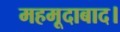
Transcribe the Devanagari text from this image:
महमूदाबाद।